Civil Veterinary Department. United Provinces 1932-42 - 1932-1942
Year: 1932
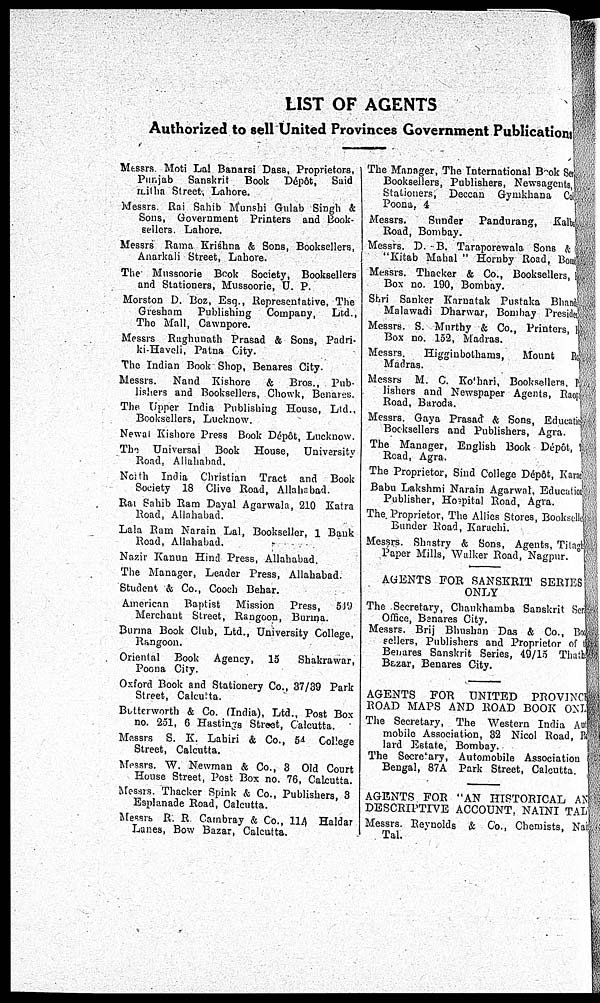
LIST OF AGENTS
Authorized to sell United Provinces Government Publication
Messrs Moti Lal Banarsi Dass, Proprietors,
Punjab Sanskrit Book Dépôt, Said
Litha Street, Lahore.
Messrs. Rai Sahib Munsbi Gulab Singh &
Sons, Government Printers and Book-
sellers. Lahore.
Messrs Rama Krishna & Sons, Booksellers,
Anarkali Street, Lahore.
The Mussoorie Book Society, Booksellers
and Stationers, Mussoorie, D. P.
Morston D. Boz, Esq., Representative, The
Gresbam
Publishing Company,
Ltd.,
The Mall, Cawnpore.
Messrs Rughunath Prasad & Sons, Padri-
ki-Haveli, Patna City.
The Indian Book Shop, Benares City.
Messrs. Nand Kishore & Bros., Pub-
lishers and Booksellers, Chowk, Benares.
The Upper India Publishing House, Ltd.,
Booksellers, Lucknow.
Newal Kishore Press Book Dépôt, Lucknow.
The Universal Book House, University
Road, Allahabad.
Ncith India Christian Tract and Book
Society 18 Clive Road, Allahabad.
Rai Sahib Ram Dayal Agarwala, 210 Katra
Road, Allahabad.
Lala Rum Narain Lal, Bookseller, 1 Bank
Road, Allahabad.
Nazir Kanun Hind Press, Allahabad.
The Manager, Leader Press, Allahabad.
Student &, Co., Cooch Behar.
American Baptist
Mission Press, 519
Merchaut Street, Rangoon, Burma.
Burma Book Club, Ltd., University College,
Rangoon.
Oriental Book Agency, 15
Shakrawar,
Poena City.
Oxford Book and Stationery Co., 37/39 Park
Street, Calcutta.
Butterworth & Co. (India), Ltd., Post Box
no. 231, 6 Hastings Street, Calcutta.
Messrs S. K. Labiri & Co., 54 College
Street, Calcutta.
Messrs. W. Newman & Co., 3 Old Court
House Street, Post Box no. 76, Calcutta.
Messrs. Thacker Spink & Co., Publishers, 3
Esplanade Road, Calcutta.
Messrs R. R Cambray & Co., 11A Haldar
Lanes, Bow Bazar, Calcutta.
The Manager, The International Book See
Booksellers, Publishers, Newsagents,
Stationers, Deccan Gymkhana Co
Poona, 4
Messrs.
Sunder
Pandurang, Kalbs
Road, Bombay.
Messrs. D. B. Taraporewala Sons &
"Kitab Mahal" Hornby Road, Boo
Messrs. Thacker & Co., Booksellers,
Box no. 190, Bombay.
Shri Sanker Karnatak Pustaka Bhanè
Malawadi Dharwar, Bombay Presides
Messrs. S. Murtby & Co., Printers, 1
Box no. 152, Madras.
Messrs.
Higgiubothams,
Mount Road
Madras.
Messrs M. C. Kothari,Booksellers, Pub-
lishers and Newspaper Agents, Raop
Road, Baroda.
Messrs. Gaya Prasad & Sons, Educatio
Booksellers and Publishers, Agra.
The Manager, English Book Dépôt,
Read, Agra.
The Proprietor, Sind College Dépôt, Kara
Babu Lakshmi Narain Agarwnl, Education
Publisher, Hospital Road, Agra.
The Proprietor, The Allies Stores, Bookselle
Bunder Road, Karachi.
Messrs. Shastry & Sons, Agents, Titagt
Paper Mills, Walker Road, Nagpur.
AGENTS FOR SANSKRIT SERIES
ONLY
The Secretary, Chaukhamba Sanskrit Ser
Office, Benares City.
Messrs. Brij Bhushan Das & Co., Bo
sellers, Publishers and Proprietor of the
Benares Sanskrit Series, 49/15 Thath
Bazar, Benares City.
AGENTS FOR UNITED PROVINCI
ROAD MAPS AND ROAD BOOK ON .
The Secretary, The Western India Au
mobile Association, 32 Nicol Road, B
lard Estate, Bombay.
The Secretary, Automobile Association
Bengal, 87A Park Street, Calcutta.
AGENTS FOR "AN HISTORICAL AX
DESCRIPTIVE ACCOUNT. NAINI TAL
Messrs. Reynolds & Co., Chemists, Nai
Tal.